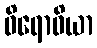
ဝိရောဓိယာ